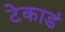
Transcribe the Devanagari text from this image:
टेकाडं